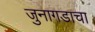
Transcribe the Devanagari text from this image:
जुनागडाचा